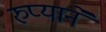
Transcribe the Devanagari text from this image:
रुप्याने